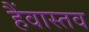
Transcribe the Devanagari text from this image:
हैंवास्तव